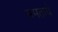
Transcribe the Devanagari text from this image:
समतायें